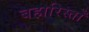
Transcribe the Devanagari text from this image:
बहारिस्ताँ